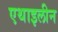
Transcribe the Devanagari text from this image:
एथाइलीन